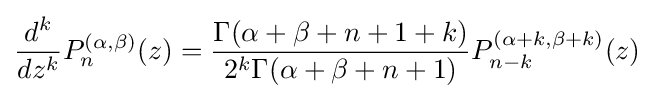
{\frac {d^{k}}{dz^{k}}}P_{n}^{(\alpha ,\beta )}(z)={\frac {\Gamma (\alpha +\beta +n+1+k)}{2^{k}\Gamma (\alpha +\beta +n+1)}}P_{n-k}^{(\alpha +k,\beta +k)}(z)